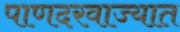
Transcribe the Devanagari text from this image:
पाणदरवाज्यात